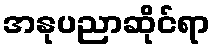
အနုပညာဆိုင်ရာ